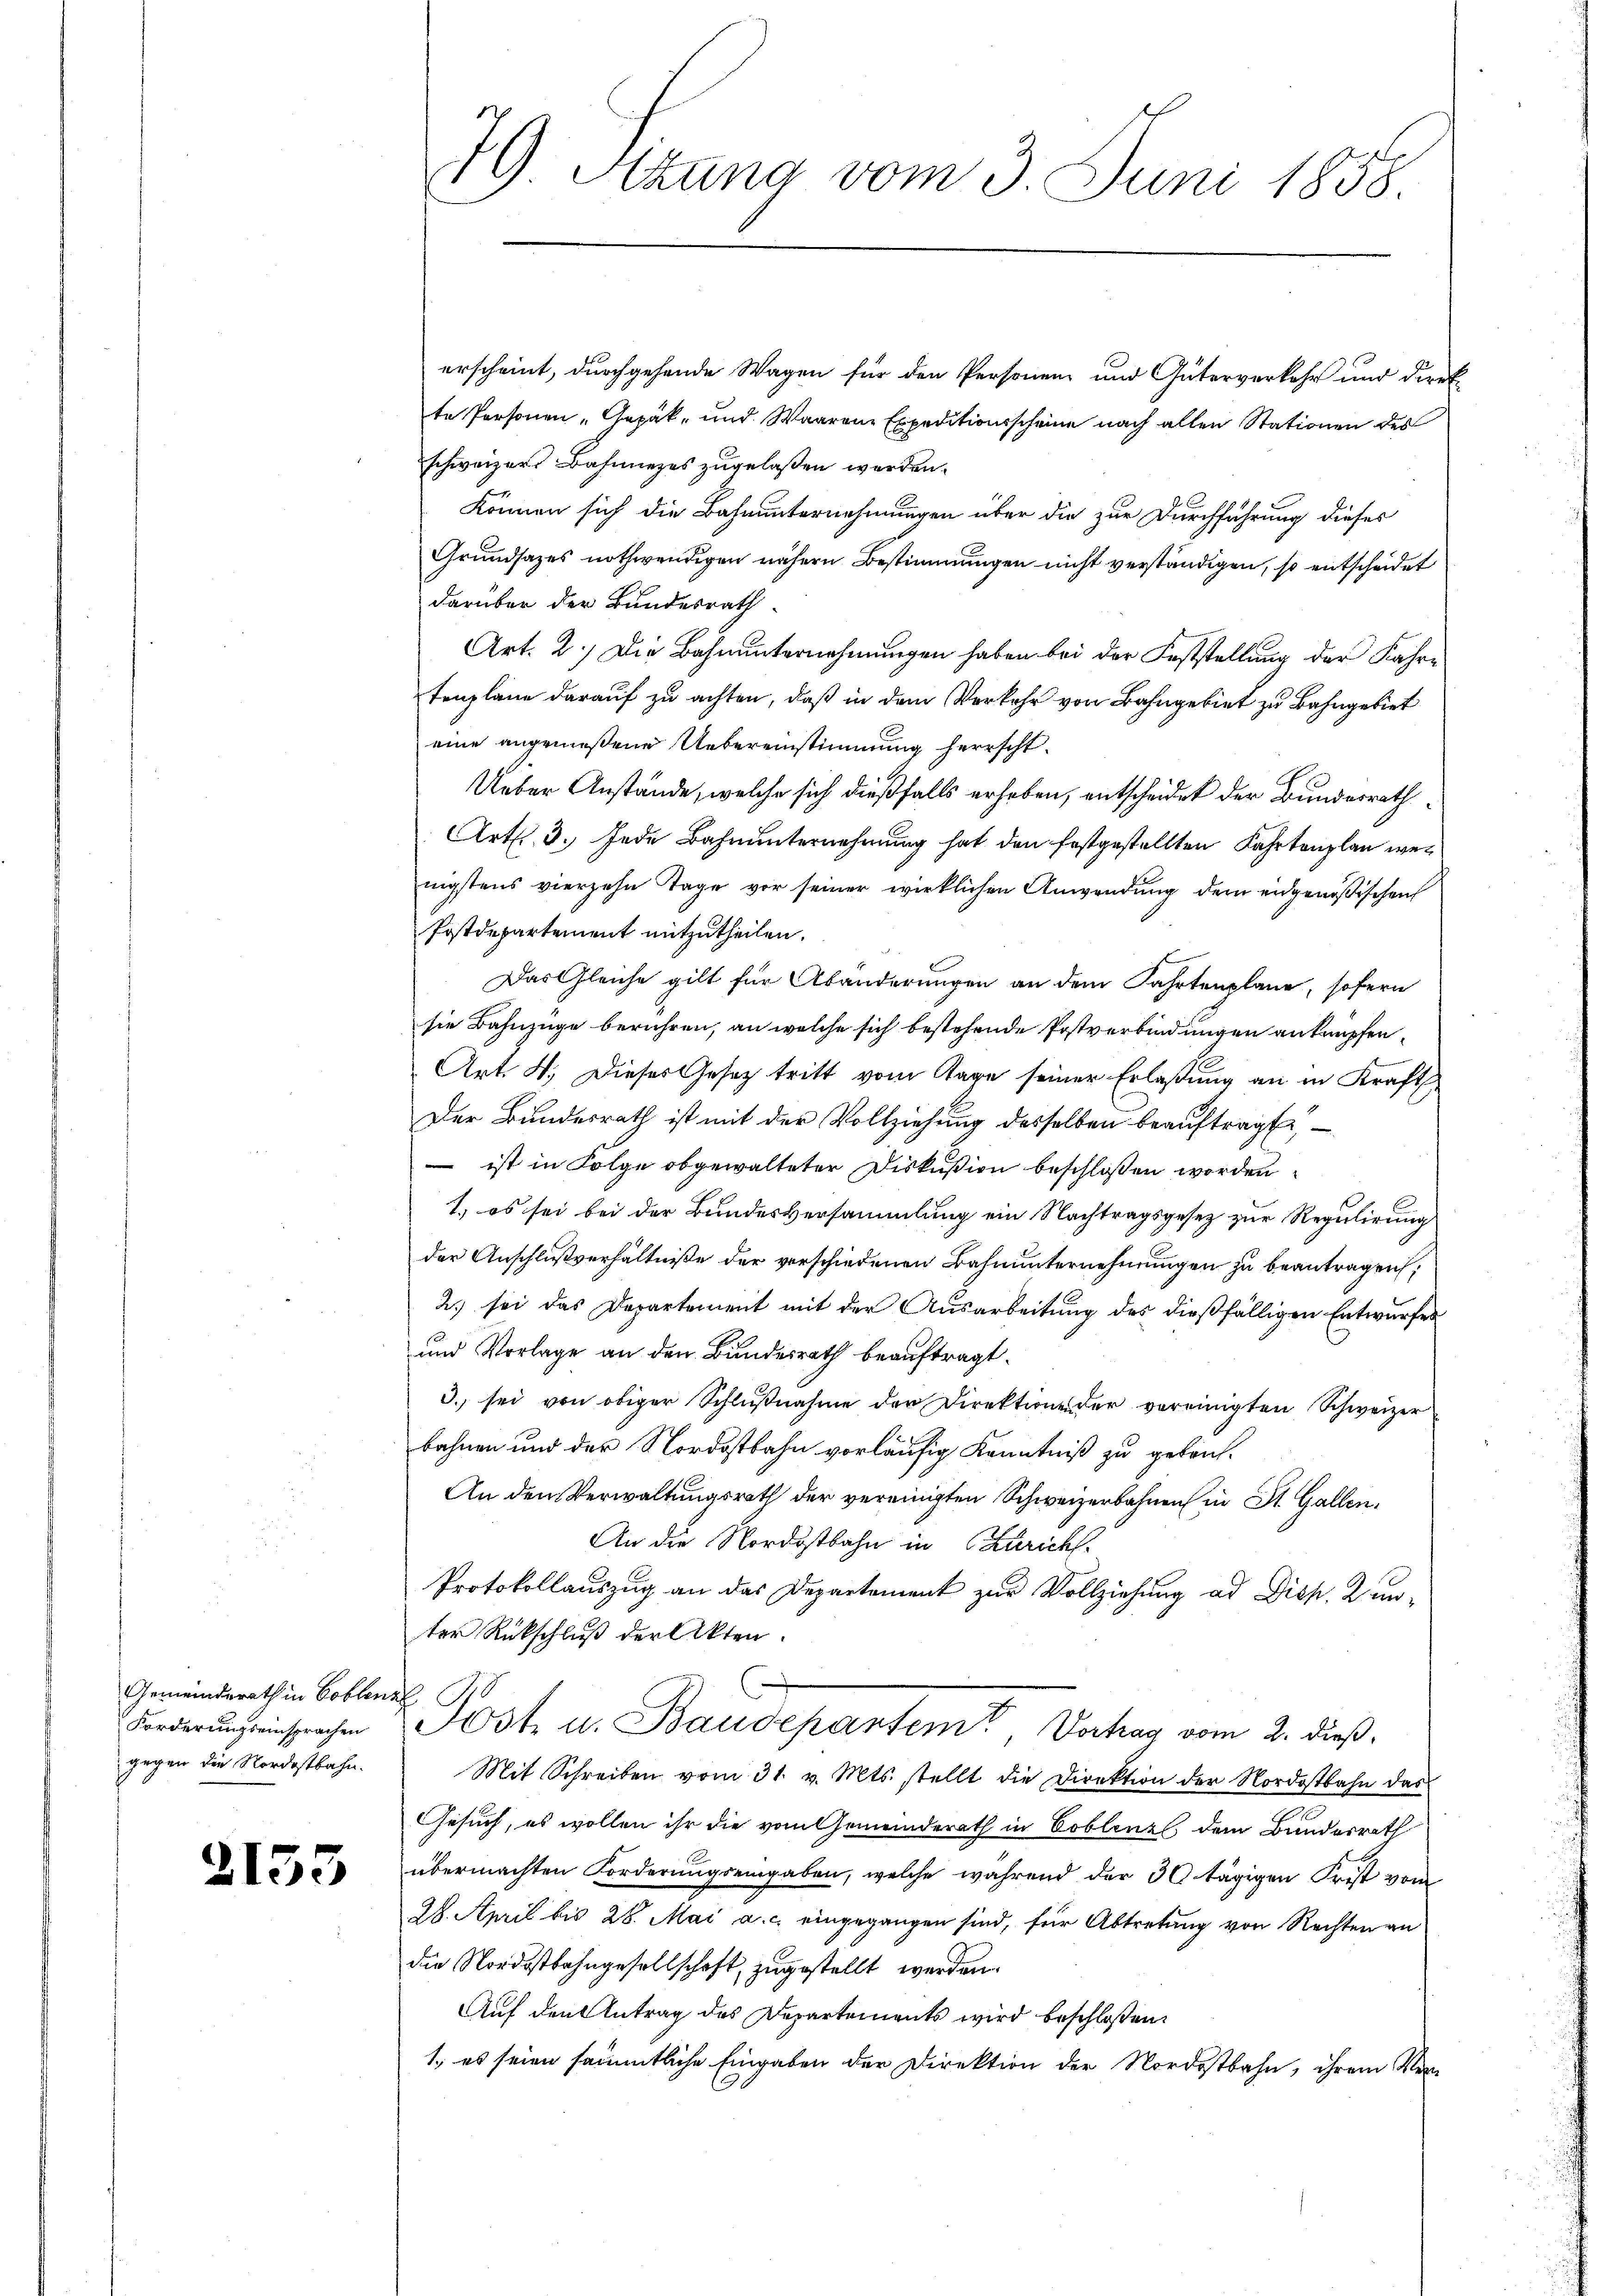
Gemeinderath in Coblenz
Forderungseinsprachen
gegen die Nordostbahn.

2153

erscheint, durchgehende Wagen für den Personen und Güterverkehr und Direk
te Personen „Gepäk- und Waarene Expeditionsscheine nach allen Stationen des
schweizers Bahnnezes zugelaßen werden.
können sich die Bahnunternehmungen über die zur Durchführung dieses
Grundsazes nothwendigen nähern Bestimmungen nicht verständigen, so entscheidet
darüber der Bundesrath
Art. 2.) Die Bahnunternehmungen haben bei der Feststellung der Fahre
tenplane darauf zu achten, daß in dem Verkehr von Bahngebiet zu Bahngebiet
eine angemeßene Uebereinstimmung herrscht¬
Ueber Anstände, welche sich dießfalls erheben, entscheidet der Bundesrath
Art. 3. Jede Bahnunternehmung hat den festgestellten Fahrtenplan wenigstens vierzehn Tage vor seiner wirklichen Anwendung der eidgenößischen
Postdepartement mitzutheilen.
Das Gleiche gilt für Abänderungen an dem Fahrtenplane, sofern
sie Bahnzüge berühren, an welche sich bestehende Postverbindungen anknüpfen¬
Art. 4. Dieses Gesetz tritt vom Tage seiner Erlaßung an in Kraft.
Der Bundesrath ist mit der Vollziehung desselben beauftragt
 ist in Folge obgewalteter Diskußion beschloßen worden
1., es sei bei der Bundesversammlung ein Nachtragsgesez zur Regulirung
der Anschlußverhältniße der verschiedenen Bahnunternehmungen zu beantragen,
2) sei das Departement mit der Ausarbeitung des dießfälligen Entwurfes
und Vorlage an den Bundesrath beauftragt.
3. sei von obiger Schlußnahme der Direktione der vereinigten Schweizer
bahnen und der Nordostbahn vorläufig Kenntniß zu geben.
An den Verwaltungsrath der vereinigten Schweizerbahnen in St. Gallen,
An die Nordostbahn in Zürich.
Protokollauszug an das Departement zur Vollziehung ad Dich. Kunter Rückschluß der Akten.
Post u. Baudepartemt, Vortrag vom 2. dieß,
Mit Schreiben vom 31. v. Mts. stellt die Direktion der Nordostbahn das
Gesuch, es wollen ihr die vom Gemeinderath in Coblenz dem Bundesrath
übermachten Forderungseingaben, welche während der 30 tägigen Frist vom
28. April bis 28. Mai a. c. eingegangen sind, für Abtretung von Rechten an
die Nordostbahngesellschaft, zugestellt werden.
Auf den Antrag des Departements wird beschloßen:
1., es seien sämmtliche Eingaben der Direktion der Nordostbahn, ihrem Ver

79 Sizung vom 3. Juni 1858